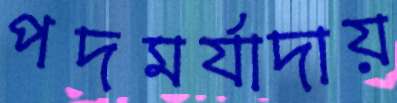
পদমর্যাদায়